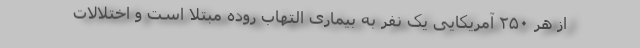
از هر ۲۵۰ آمریکایی یک نفر به بیماری التهاب روده مبتلا است و اختلالات